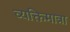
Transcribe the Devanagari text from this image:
व्यक्तिमात्रा